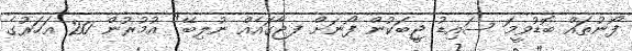
ފޯނުތައް ބޮޑުވީމަ ސައިޑު ޖީބަކުން ފޯނަށް ފޖާގައެއް ނުލިބޭ" އުމުރުން 20 އަހަރުގެ